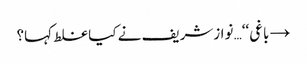
→ باغی‘‘… نوازشریف نے کیا غلط کہا؟